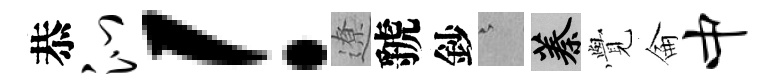
恭沁！遼虢鈔澹蓁𮗜侖中